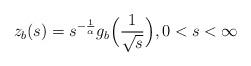
LaTeX: \begin{align*} z_b (s) = s^{-\frac{1} {\alpha}} g_b \Bigl( \frac{1} {\sqrt{s}} \Bigr),0<s< \infty \end{align*}